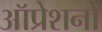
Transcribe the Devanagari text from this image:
ऑप्रेशनों